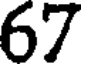
67